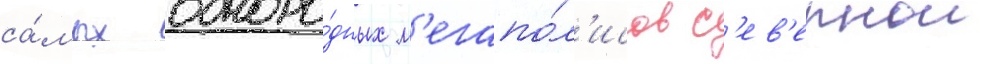
са́мых одноро́дных м'егапо́л'исов с'ев'ернои